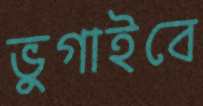
ভুগাইবে